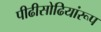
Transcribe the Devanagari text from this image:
पीढीसोढियांरूप